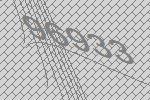
96933